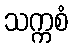
သက္ကစံ